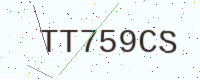
Text: TT759CS